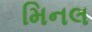
મિનલ